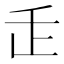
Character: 𬼉